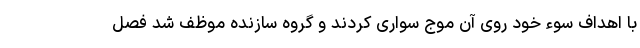
با اهداف سوء خود روی آن موج سواری کردند و گروه سازنده موظف شد فصل